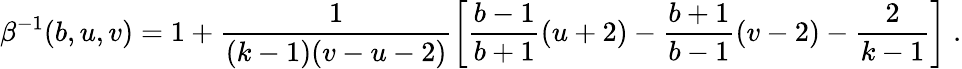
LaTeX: \beta^{-1}(b,u,v)=1+\frac{1}{(k-1)(v-u-2)}\left[\frac{b-1}{b+1}(u+2)-\frac{b+1}{b-1}(v-2)-\frac{2}{k-1}\right]\; .